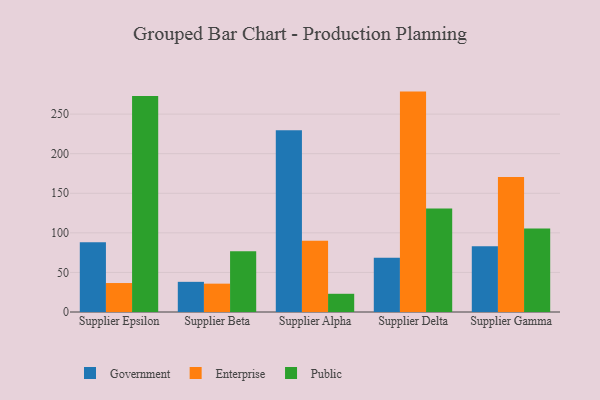
{"axis": {"x": "Supplier", "y": "Waste Production (Tons)"}, "legend": ["Enterprise", "Government", "Public"], "data": [{"x": "Supplier Epsilon", "y": 88.0, "type": "Government"}, {"x": "Supplier Epsilon", "y": 36.6, "type": "Enterprise"}, {"x": "Supplier Epsilon", "y": 272.8, "type": "Public"}, {"x": "Supplier Beta", "y": 38.1, "type": "Government"}, {"x": "Supplier Beta", "y": 35.8, "type": "Enterprise"}, {"x": "Supplier Beta", "y": 76.8, "type": "Public"}, {"x": "Supplier Alpha", "y": 229.7, "type": "Government"}, {"x": "Supplier Alpha", "y": 89.9, "type": "Enterprise"}, {"x": "Supplier Alpha", "y": 23.0, "type": "Public"}, {"x": "Supplier Delta", "y": 68.4, "type": "Government"}, {"x": "Supplier Delta", "y": 278.4, "type": "Enterprise"}, {"x": "Supplier Delta", "y": 130.7, "type": "Public"}, {"x": "Supplier Gamma", "y": 83.0, "type": "Government"}, {"x": "Supplier Gamma", "y": 170.5, "type": "Enterprise"}, {"x": "Supplier Gamma", "y": 105.5, "type": "Public"}]}